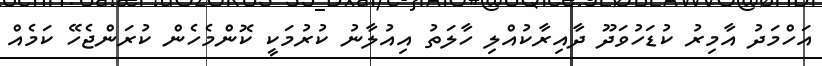
އަހްމަދު އާމިރު ކުޑަހުވަދޫ ދާއިރާކުއްލި ހާލަތު އިއުލާނު ކުރުމަކީ ކޮންމެހެން ކުރަންޖެހޭ ކަމެއް